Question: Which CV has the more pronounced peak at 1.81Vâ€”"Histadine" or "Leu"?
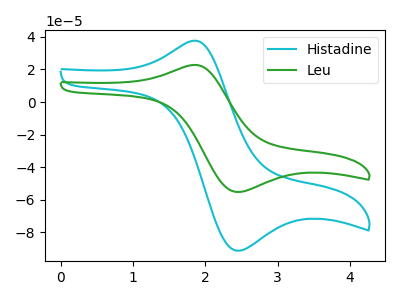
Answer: <think>The cyan curve "Histadine" has an anodic peak at (1.80V, 37.40uA) and a cathodic peak at (2.45V, -91.20uA). The green curve "Leu" has an anodic peak at (1.80V, 22.65uA) and a cathodic peak at (2.45V, -55.15uA).</think>
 <answer>The peak at 1.81V is higher in "Histadine" than in "Leu".</answer>
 <eval>higher</eval>